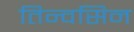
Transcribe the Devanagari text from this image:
तिन्वसिन